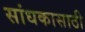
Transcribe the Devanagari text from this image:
सांधकासाठी